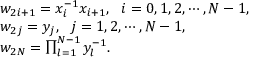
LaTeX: \begin{array} { l } { { w _ { 2 i + 1 } = x _ { i } ^ { - 1 } x _ { i + 1 } , ~ ~ i = 0 , 1 , 2 , \cdots , N - 1 , } } \\ { { w _ { 2 j } = y _ { j } , ~ ~ j = 1 , 2 , \cdots , N - 1 , } } \\ { { w _ { 2 N } = \prod _ { l = 1 } ^ { N - 1 } y _ { l } ^ { - 1 } . } } \end{array}